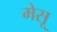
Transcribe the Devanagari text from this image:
मेसू